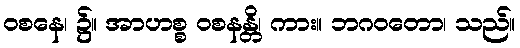
ဝစနေ၊ ၌။ အာဟစ္စ ဝစနန္တိ၊ ကား။ ဘဂဝတော၊ သည်။